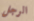
الرجل